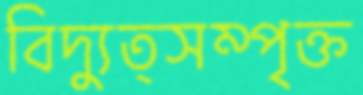
বিদ্যুত্সম্পৃক্ত